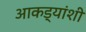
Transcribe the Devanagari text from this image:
आकड्यांशी